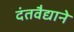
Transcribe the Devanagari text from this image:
दंतवैद्याने